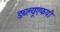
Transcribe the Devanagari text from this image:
डब्ल्यूएफपी